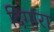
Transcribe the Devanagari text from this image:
दिगांरा